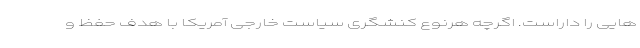
هایی را داراست. اگرچه هرنوع کنشگری سیاست خارجی آمریکا با هدف حفظ و